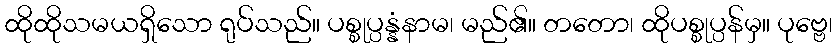
ထိုထိုသမယရှိသော ရုပ်သည်။ ပစ္စုပ္ပန္နံနာမ၊ မည်၏။ တတော၊ ထိုပစ္စုပ္ပန်မှ။ ပုဗ္ဗေ၊